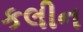
કલીન